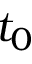
t _ { 0 }